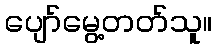
ပျော်မွေ့တတ်သူ။